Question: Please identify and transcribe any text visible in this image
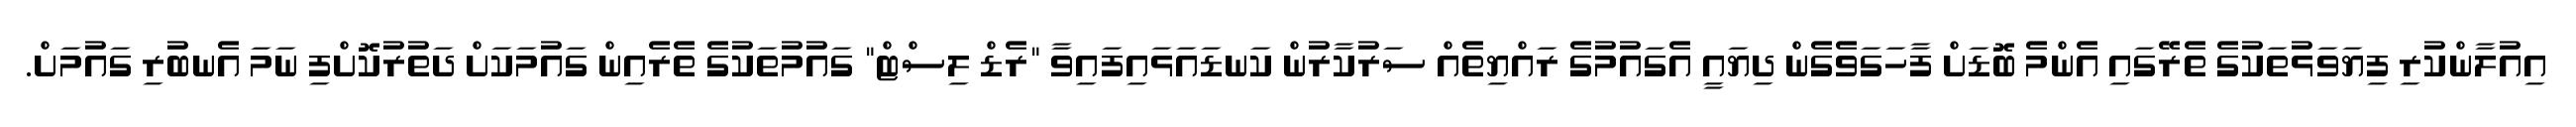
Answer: އިއުލާންކުރި ފިޔަވަޅުތަކުގެ ތެރޭގައި އެންމެ ބޮޑަށް ފާހަގަވެގެން ދިޔައީ އެގައުމުގެ ރައްޔިތެއް ސަރުކާރުން ކަނޑައަޅައިފައިވާ "ރެޑް ލިސްޓް" ގައުމުތަކުގެ ތެރެއިން ގައުމަކަށް ދަތުރުކޮށްފި ނަމަ އެނބުރި ގައުމަށް.